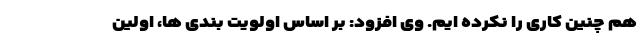
هم چنین کاری را نکرده ایم. وی افزود: بر اساس اولویت بندی ها، اولین